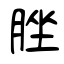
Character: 脞